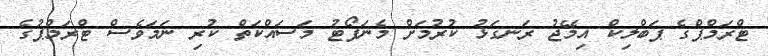
ޓްރަމްޕްގެ ޕަބްލިކް އިމޭޖު ރަނގަޅު ކުރުމަށް މެނަފޯޓު މަސައްކަތް ކުރި ނަމަވެސް ޓްރަމްޕުގެ